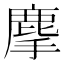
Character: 𪊗